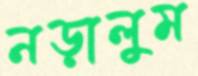
নড়ালুম